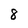
Character: 8